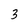
Character: 3